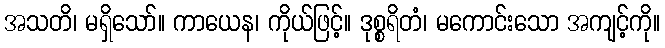
အသတိ၊ မရှိသော်။ ကာယေန၊ ကိုယ်ဖြင့်။ ဒုစ္စရိတံ၊ မကောင်းသော အကျင့်ကို။